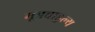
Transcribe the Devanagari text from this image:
मूत्रबाहुल्य